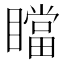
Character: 𰦄